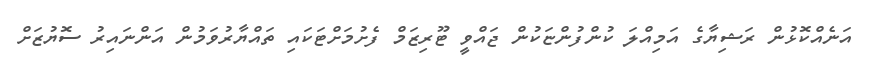
އަނެއްކޮޅުން ރަޝިޔާގެ އަމިއްލަ ކުންފުންޏަކުން ޖައްވީ ޓޫރިޒަމް ފެށުމަށްޓަކައި ތައްޔާރުވަމުން އަންނައިރު ސޮޔުޒަށް